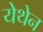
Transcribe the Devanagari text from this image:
येथेन